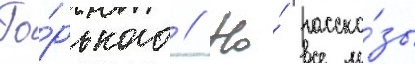
Го́рького // Но́ расска́зы